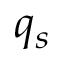
q _ { s }